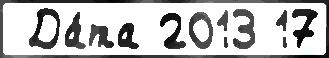
 Да́та 2013 17